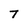
Character: 7